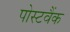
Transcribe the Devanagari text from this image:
पोस्टवैंक